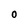
Character: O